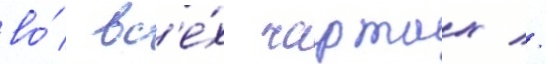
во́ вс'е́х чартах //